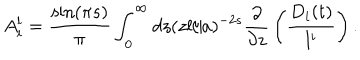
LaTeX: A _ { i } ^ { l } = { \frac { \sin ( \pi s ) } { \pi } } \int _ { 0 } ^ { \infty } d z ( z l / a ) ^ { - 2 s } { \frac { \partial } { \partial z } } \left( { \frac { D _ { i } ( t ) } { l ^ { i } } } \right) .